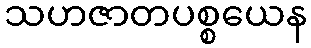
သဟဇာတပစ္စယေန